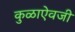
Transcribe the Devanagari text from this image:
कुळाऐवजी